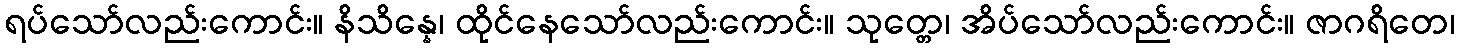
ရပ်သော်လည်းကောင်း။ နိသိန္နေ၊ ထိုင်နေသော်လည်းကောင်း။ သုတ္တေ၊ အိပ်သော်လည်းကောင်း။ ဇာဂရိတေ၊